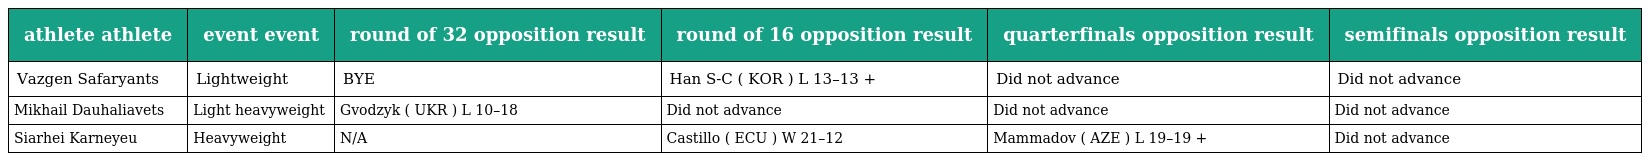
| athlete athlete | event event | round of 32 opposition result | round of 16 opposition result | quarterfinals opposition result | semifinals opposition result |
 | --- | --- | --- | --- | --- | --- |
 | Vazgen Safaryants | Lightweight | BYE | Han S-C ( KOR ) L 13–13 + | Did not advance | Did not advance |
 | Mikhail Dauhaliavets | Light heavyweight | Gvodzyk ( UKR ) L 10–18 | Did not advance | Did not advance | Did not advance |
 | Siarhei Karneyeu | Heavyweight | N/A | Castillo ( ECU ) W 21–12 | Mammadov ( AZE ) L 19–19 + | Did not advance |